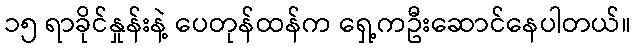
၁၅ ရာခိုင်နှုန်းနဲ့ ပေတုန်ထန်က ရှေ့ကဦးဆောင်နေပါတယ်။